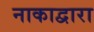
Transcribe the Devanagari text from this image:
नाकाद्वारा